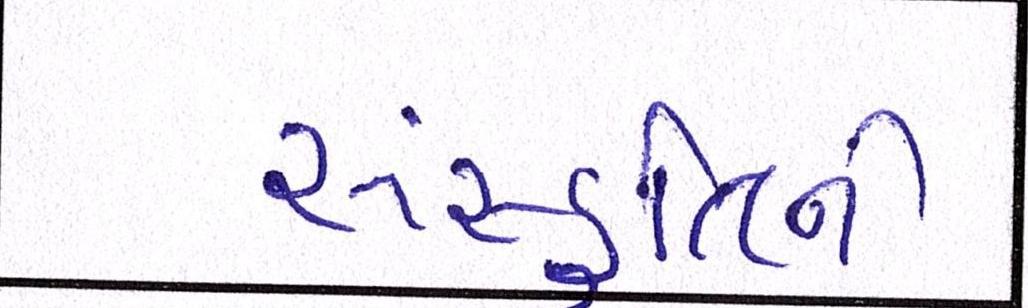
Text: સંસ્કૃતિને